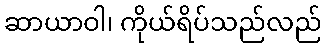
ဆာယာဝါ၊ ကိုယ်ရိပ်သည်လည်